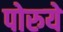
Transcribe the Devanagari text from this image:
पोरुये